Medical and sanitary report of the native army of Madras for the year
Year: 1875
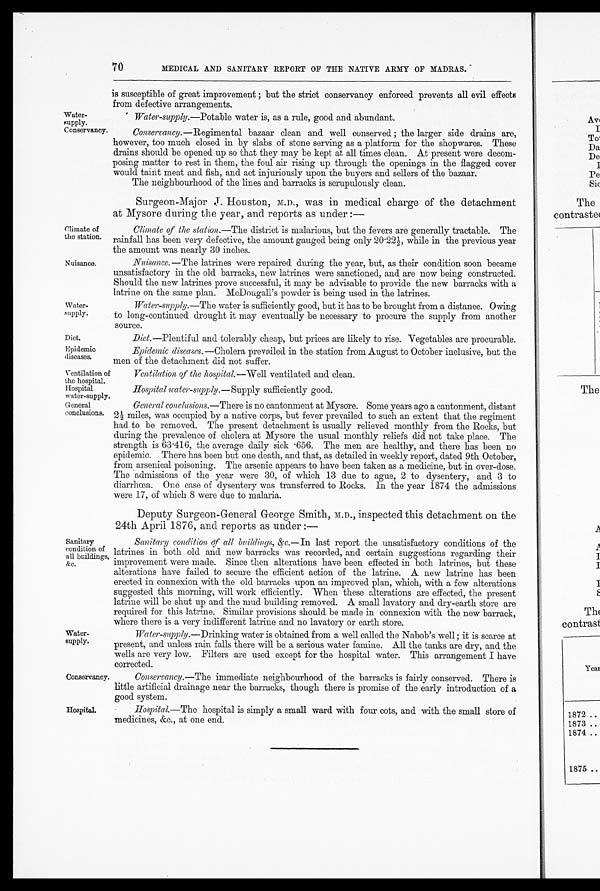
Water- supply.
Conservancy.
Climate of
the station.
Nuisance.
Water
-suppl y
Diet.
Epidemic
diseases.
70
MEDICAL AND SANITARY REPORT OF THE NATIVE ARMY OF MADRAS.
is susceptible of great improvement; but the strict conservancy enforced prevents all evil effects
from clefeetive arrangements.
Water-supply.— Potable water is, as a rule, good and abundant.
Conservancy. —Regimental bazaar clean and well conserved; the larger side drains are,
however, too much closed in by slabs of stone serving as a platform for the shopwares. These
drains should be opened up so that they may be kept at all times clean. At present were decom
-posing matter to rest in them, the foul air rising up through the openings in the flagged cover
would taint meat and fish, and act injuriously upon the buyers and sellers of the bazaar.
The neighbourhood of the lines and barracks is scrupulously clean.
Surgeon-Major J. Houston, M.D., was in medical charge of the detachment
at Mysore during the year, and reports as under:—
Climate of the station.—The district is malarious, but the fevers are generally tractable. The
rainfall has been very defective, the amount gauged being only 20.22½, while in the previous year
the amount was nearly 30 inches.
Nuisance.— The latrines were repaired during the year, but, as their condition soon became
unsatisfactory in the old barracks, new latrines were sanctioned, and are now being constructed.
Should the new latrines prove successful, it may be advisable to provide the new barracks with a
latrine on the same plan. McDougall's powder is being used in the latrines.
Water-supply.—The water is sufficiently good, but it has to be brought from a distance. Owing
to long-continued drought it may eventually be necessary to procure the supply from another
source.
Diet.—Plentiful and tolerably cheap, but prices are likely to rise. Vegetables are procurable.
Epidemic diseases .—Cholera prevailed in the station from August to October inclusive, but the
men of the detachment did not suffer.
Ventilation of
the hospital.
Hospital
water-supply.
Ventilation of the hospital.— Well ventilated and clean.
Hospital water-supply.—Supply sufficiently good.
General
conclusions.
General conclusions.—There is no cantonment at Mysore. Some years ago a cantonment, distant 2½
miles, was occupied by a native corps, but fever prevailed to such an extent that the regiment
had to be removed. The present detachment is usually relieved monthly from the Rocks, but
during the prevalence of cholera at Mysore the usual monthly reliefs did not take place. The
strength is 63.416, the average daily sick .656. The men are healthy, and there has been no
epidemic. There has been but one death, and that, as detailed in weekly report, dated 9th October,
from arsenical poisoning. The arsenic appears to have been taken as a medicine, but in over-dose.
The admissions of the year were 30, of which 13 due to ague, 2 to dysentery, and 3 to
diarrhœa. One case of dysentery was transferred to Rocks. In the year 1874 the admissions
were 17, of which 8 were due to malaria.
Sanitary
condition of
all buildings,
&c.
Wa t e r -
supply.
Conservancy
Hospital.
Deputy Surgeon-General George Smith, M.D., inspected this detachment on the
24th April 1876, and reports as under:—
Sanitary condition of all buildings, &c.— In last report the unsatisfactory conditions of the
latrines in both old and new barracks was recorded, and certain suggestions regarding their
improvement were made. Since then alterations have been effected in both latrines, but these
alterations have failed to secure the efficient action of the latrine. A new latrine has been
erected in connexion with the old barracks upon an improved plan, which, with a few alterations
suggested this morning, will work efficiently. When these alterations are effected, the present
Latrine will be shut up and the mud building removed. A small lavatory and dry-earth store are
required for this latrine. Similar provisions should be made in connexion with the new barrack,
where there is a very indifferent 1atrine and no lavatory or earth store.
Water-supply.—Drinking water is obtained from a well called the Nabob's well; it is scarce at
present, and unless rain falls there will be a serious water famine. All the tanks are dry, and the
wells are very low. Filters are used except for the hospital water. This arrangement I have
corrected.
Conservancy.— The immediate neighbourhood of the barracks is fairly conserved. There is
little artificial drainage near the barracks, though there is promise of the early introduction of a
good system.
Hospital.— The hospital is simply a small ward with four cots, and with the small store of
medicines, &c., at one end.